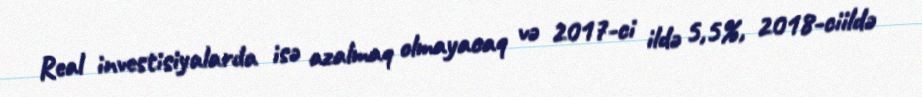
Real investisiyalarda isə azalmaq olmayacaq və 2017-ci ildə 5,5%, 2018-ciildə